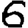
Digit: 6